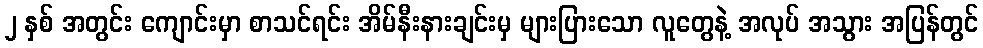
၂ နှစ် အတွင်း ကျောင်းမှာ စာသင်ရင်း အိမ်နီးနားချင်းမှ များပြားသော လူတွေနဲ့ အလုပ် အသွား အပြန်တွင်